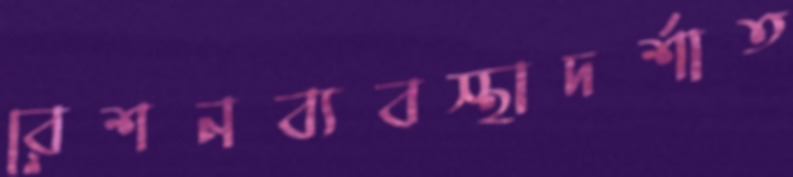
রেশনব্যবস্থাদর্শাত